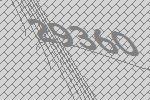
29360